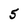
Character: 5